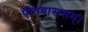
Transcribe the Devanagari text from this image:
पीतवाससम्‌।